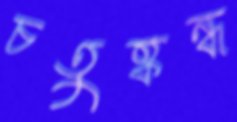
চতুষ্কন্ধ